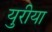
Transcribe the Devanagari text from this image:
युरीया